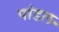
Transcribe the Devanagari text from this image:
पांडल